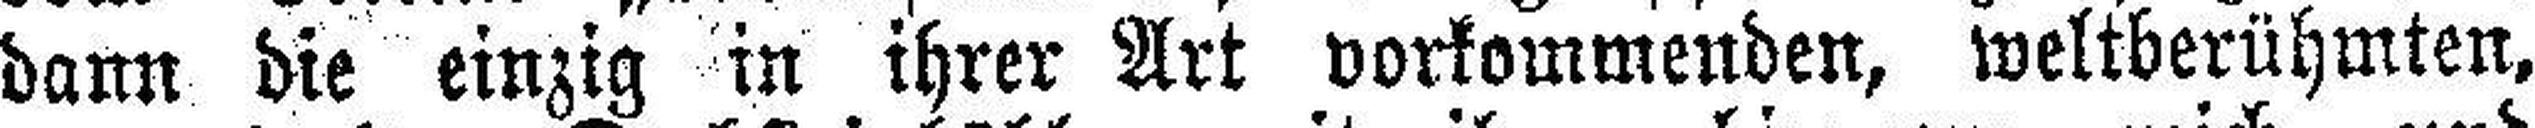
dann die einzig in ihrer Art vorkommenden, weltberühmten,